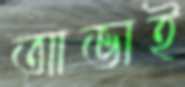
আভাই